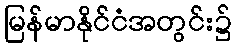
မြန်မာနိုင်ငံအတွင်း၌